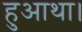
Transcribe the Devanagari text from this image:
हुआथा।